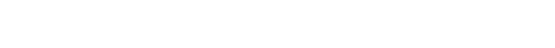
ကိုအေးချစ်သည် ရွာမှာ လူချစ်လူခင် ပေါများသူတစ်ယောက်ဖြစ်ကြောင်း သိသာသည်။